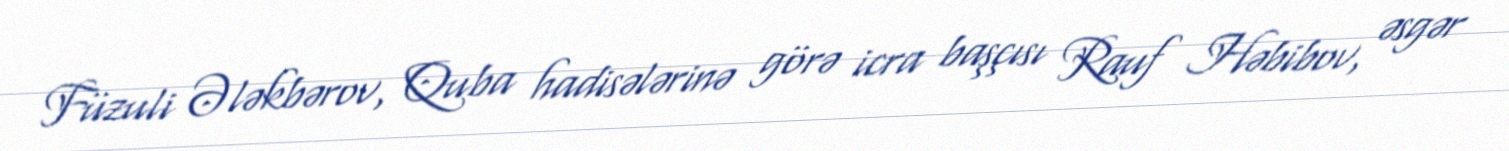
Füzuli Ələkbərov, Quba hadisələrinə görə icra başçısı Rauf Həbibov, əsgər